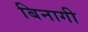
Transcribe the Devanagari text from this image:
बिनागी